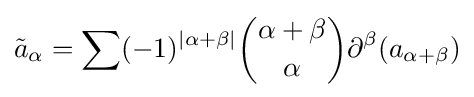
{\tilde {a}}_{\alpha }=\sum (-1)^{|\alpha +\beta |}{\binom {\alpha +\beta }{\alpha }}\partial ^{\beta }(a_{\alpha +\beta })